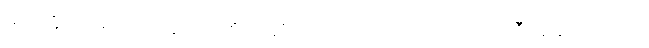
မဝင်နိုင်ဘူး၊ သတ်ချင်တဲ့ စိတ်ဆိုတာကတော့ ဝေးရော၊ အဲဒီအခါကျတော့